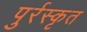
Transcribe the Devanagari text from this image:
पुर्रस्कृत